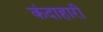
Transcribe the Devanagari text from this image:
कंदाहारी